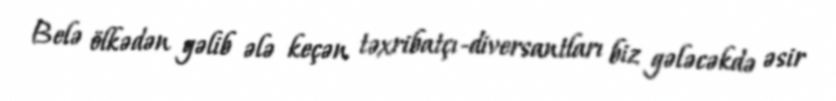
Belə ölkədən gəlib ələ keçən təxribatçı-diversantları biz gələcəkdə əsir